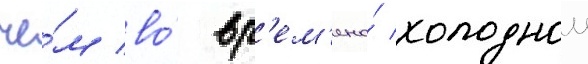
че́м во́ вр'ем'ена́ холоднои